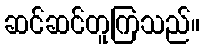
ဆင်ဆင်တူကြသည်။